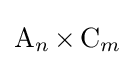
\operatorname {A} _{n}\times \operatorname {C} _{m}